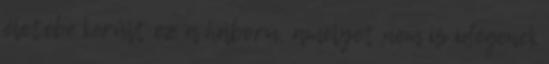
életébe került ez a háború, amelyet nem is idegenek